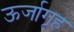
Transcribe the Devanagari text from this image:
ऊर्जागृह